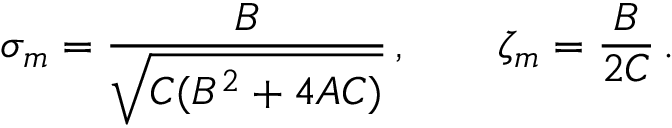
\sigma _ { m } = { \frac { B } { \sqrt { C ( B ^ { 2 } + 4 A C ) } } } \, , \qquad \zeta _ { m } = { \frac { B } { 2 C } } \, .